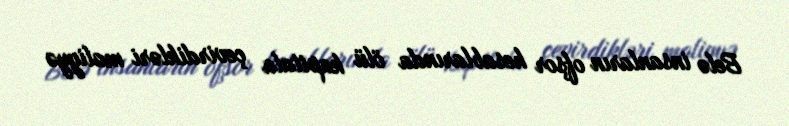
Belə insanların ofşor hesablarında ölü kapitala çevirdikləri maliyyə